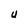
Character: U